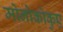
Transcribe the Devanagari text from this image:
मोनोकोकुए